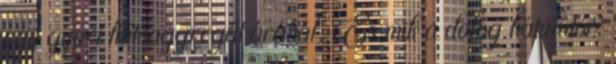
egy gyári hűtőaggregát áránál. És mik a dolog hátulütői?